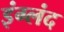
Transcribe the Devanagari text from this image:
इंग्लंद